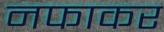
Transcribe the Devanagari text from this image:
नफाकर